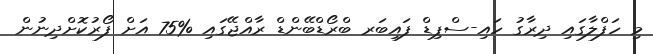
މި ހަފްލާގައި ދިރާގު ހައި-ސްޕިޑް ފައިބަރ ބްރޯޑްބޭންޑް ރާއްޖޭގައި %75 އަށް ފޯރުކޮށްދިނުން